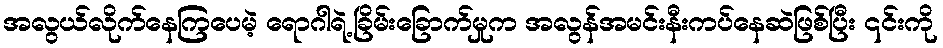
အလွယ်လိုက်နေကြပေမဲ့ ရောဂါရဲ့ခြိမ်းခြောက်မှုက အလွန်အမင်းနီးကပ်နေဆဲဖြစ်ပြီး ၎င်းကို